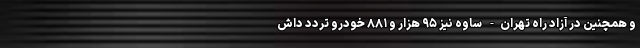
و همچنین در آزاد راه تهران- ساوه نیز ۹۵ هزار و ۸۸۱ خودرو تردد داش